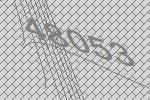
48053